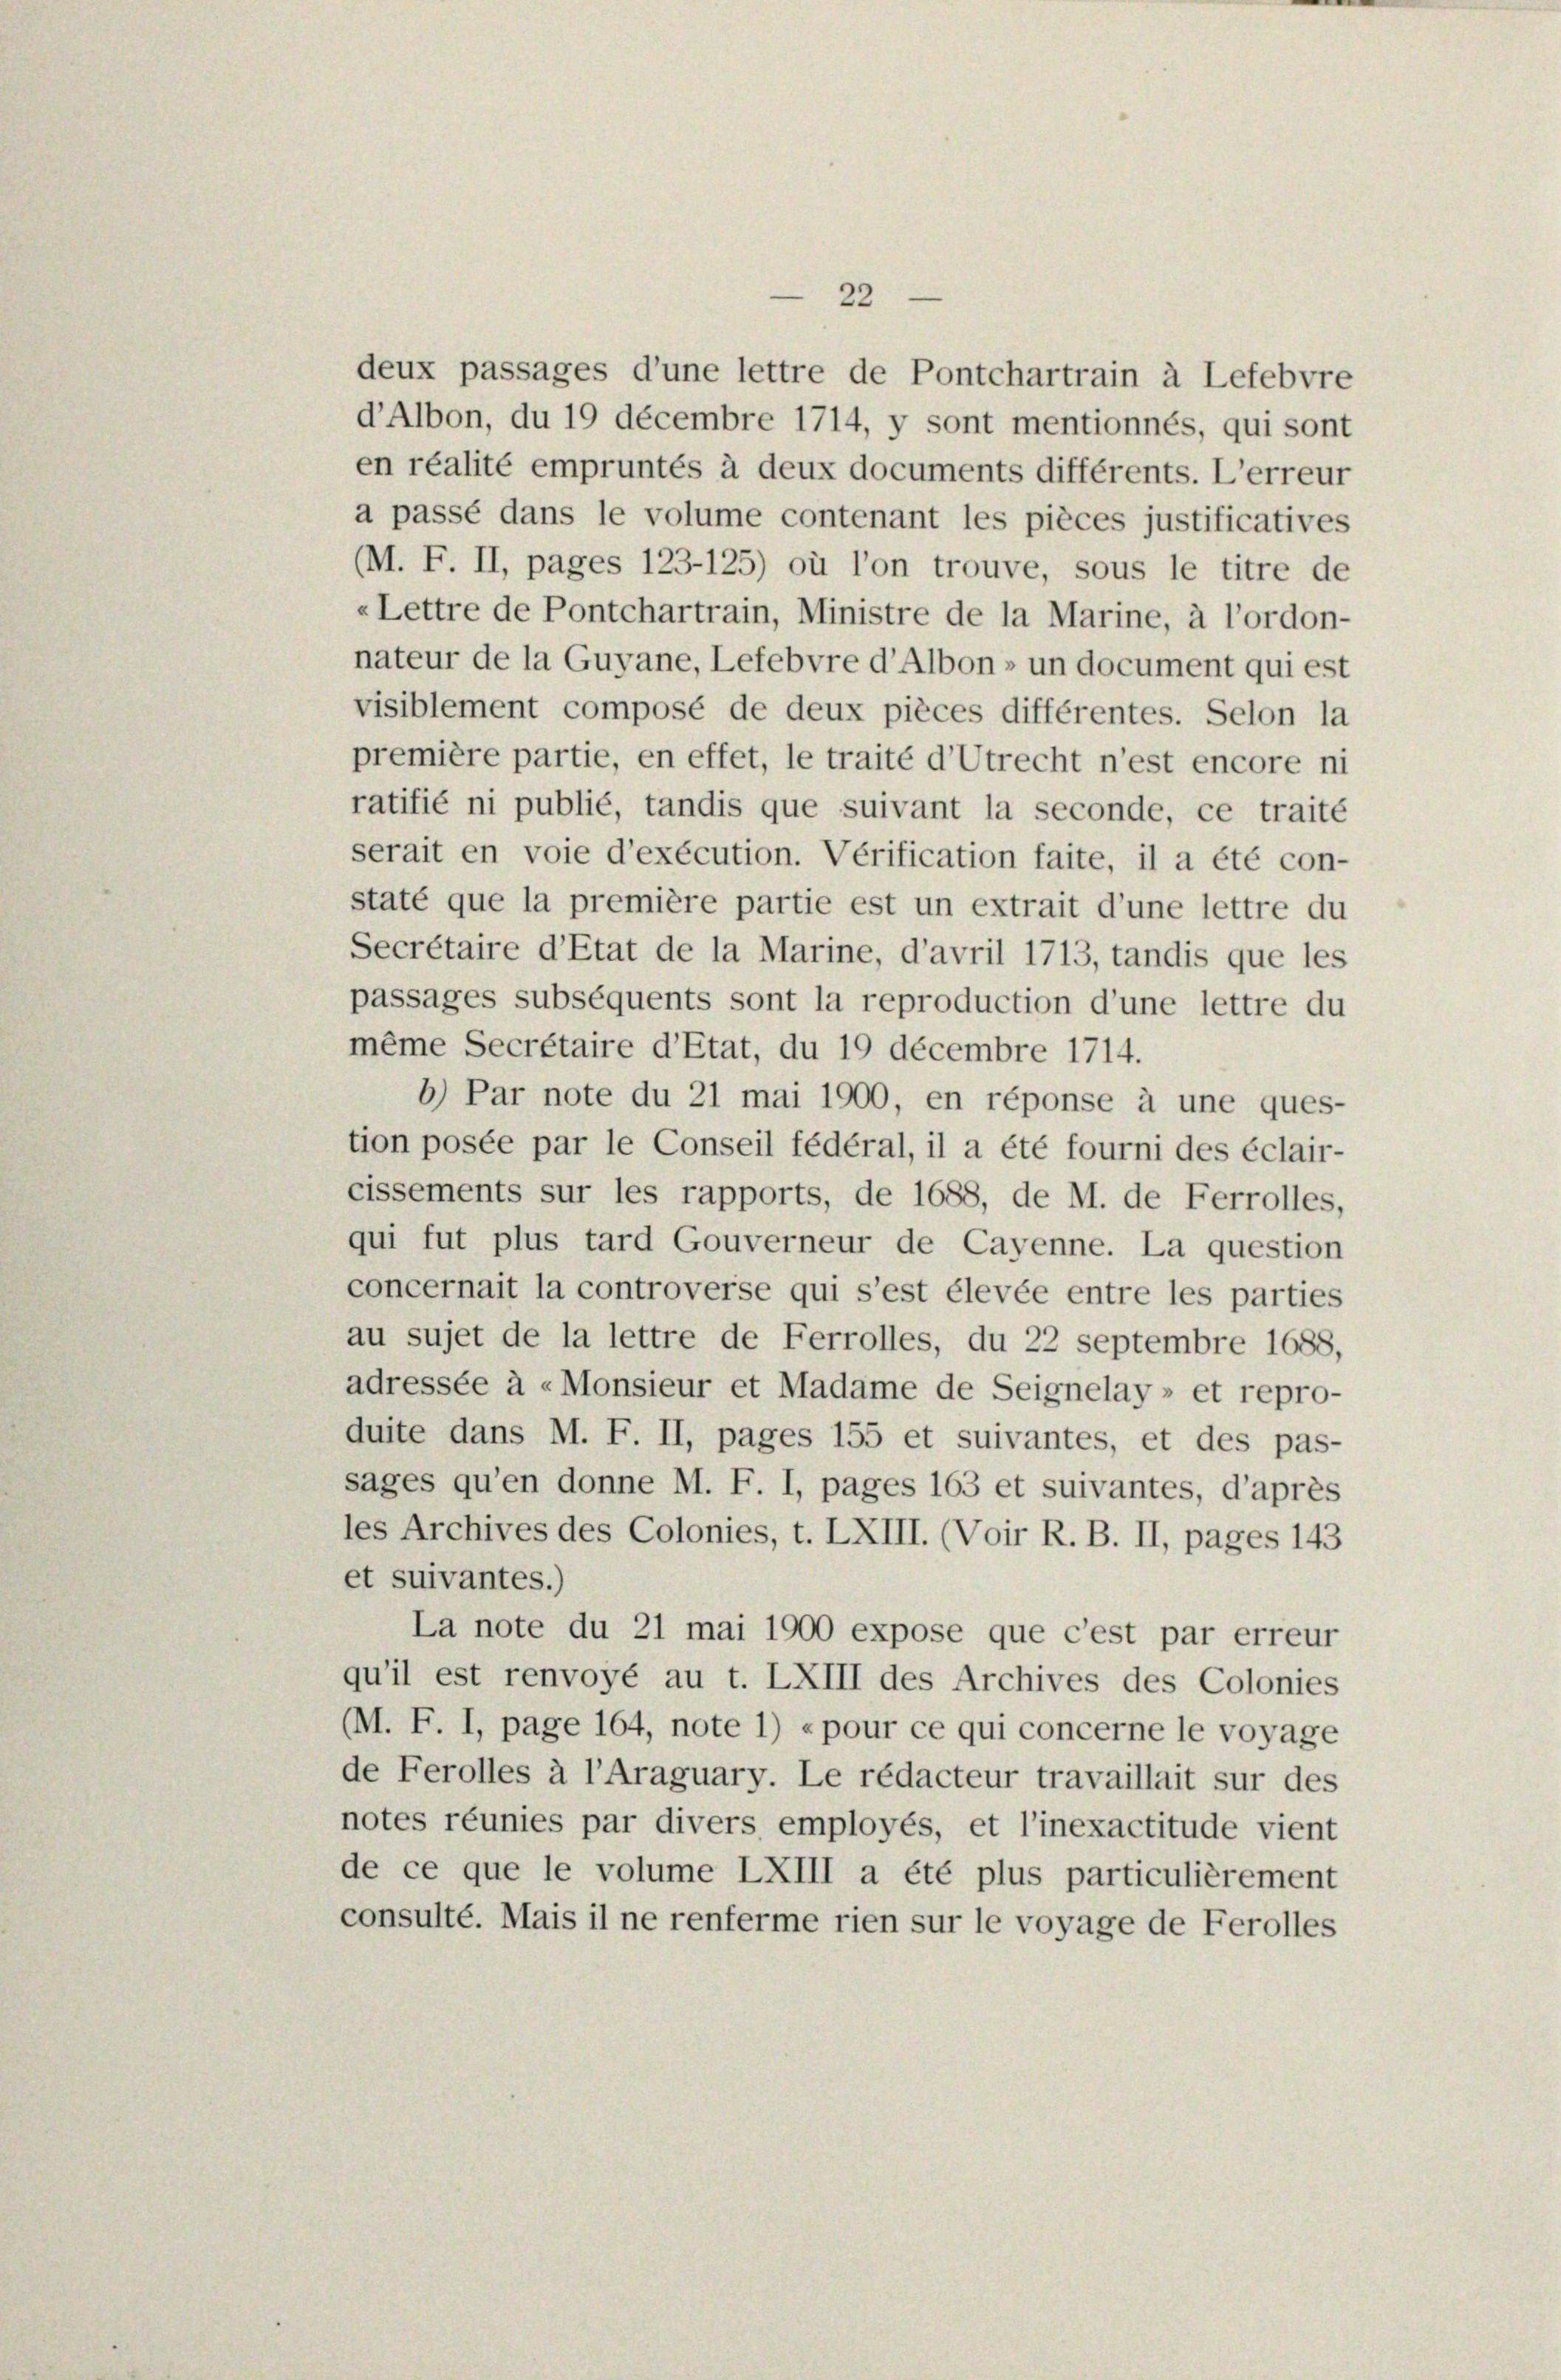
22

deux passages d’une lettre de Pontchartrain à Lefebvre
d’Albon, du 19 décembre 1714, y sont mentionnés, qui sont
en réalité empruntés à deux documents différents. L’erreur
a passé dans le volume contenant les pièces justificatives
(M. F. II, pages 123—125) où l’on trouve, sous le titre de
«Lettre de Pontchartrain, Ministre de la Marine, à l’ordon-
nateur de la Guyane, Lefebvre d’Albon» un document qui est
visiblement composé de deux pièces différentes. Selon la
première partie, en effet, le traité d’Utrecht n’est encore ni
ratifié ni publié, tandis que suivant la seconde, ce traité
serait en voie d’exécution. Verification faite, il a été con-
staté que la première partie est un extrait d’une lettre du
Secrétaire d’Etat de la Marine, d’avril 1713, tandis que les
passages subséquents sont la reproduction d’une lettre du
même Secrétaire d’Etat, du 19 decembre 1714.
b) Par note du 21 mai 1900, en réponse à une ques-
tion posée par le Conseil fédéral, il a été fourni des éclair-
cissements sur les rapports, de 1688, de M. de Ferrolles,
qui fut plus tard Gouverneur de Cayenne. La question
concernait la controverse qui s’est élevée entre les parties
au sujet de la lettre de Ferrolles, du 22 septembre 1688,
adressée à «Monsieur et Madame de Seignelay» et repro-
duite dans M. F. II, pages 155 et suivantes, et des pas-
sages qu’en donne M. F. I, pages 163 et suivantes, d’après
les Archives des Colonies, t. LXIII. (Voir R. B. II, pages 143
et suivantes.)
La note du 21 mai 1900 expose que c’est par erreur
qu’il est renvoyé au t. LXIII des Archives des Colonies
(M. F. I, page 164, note 1) «pour ce qui concerne le voyage
de Ferolles à l’Araguary. Le rédacteur travaillait sur des
notes réunies par divers employés, et l’inexactitude vient
de ce que le volume LXIII a été plus particulièrement
consulté. Mais il ne renferme rien sur le voyage de Ferolles